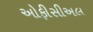
ઓફીસીઅલ